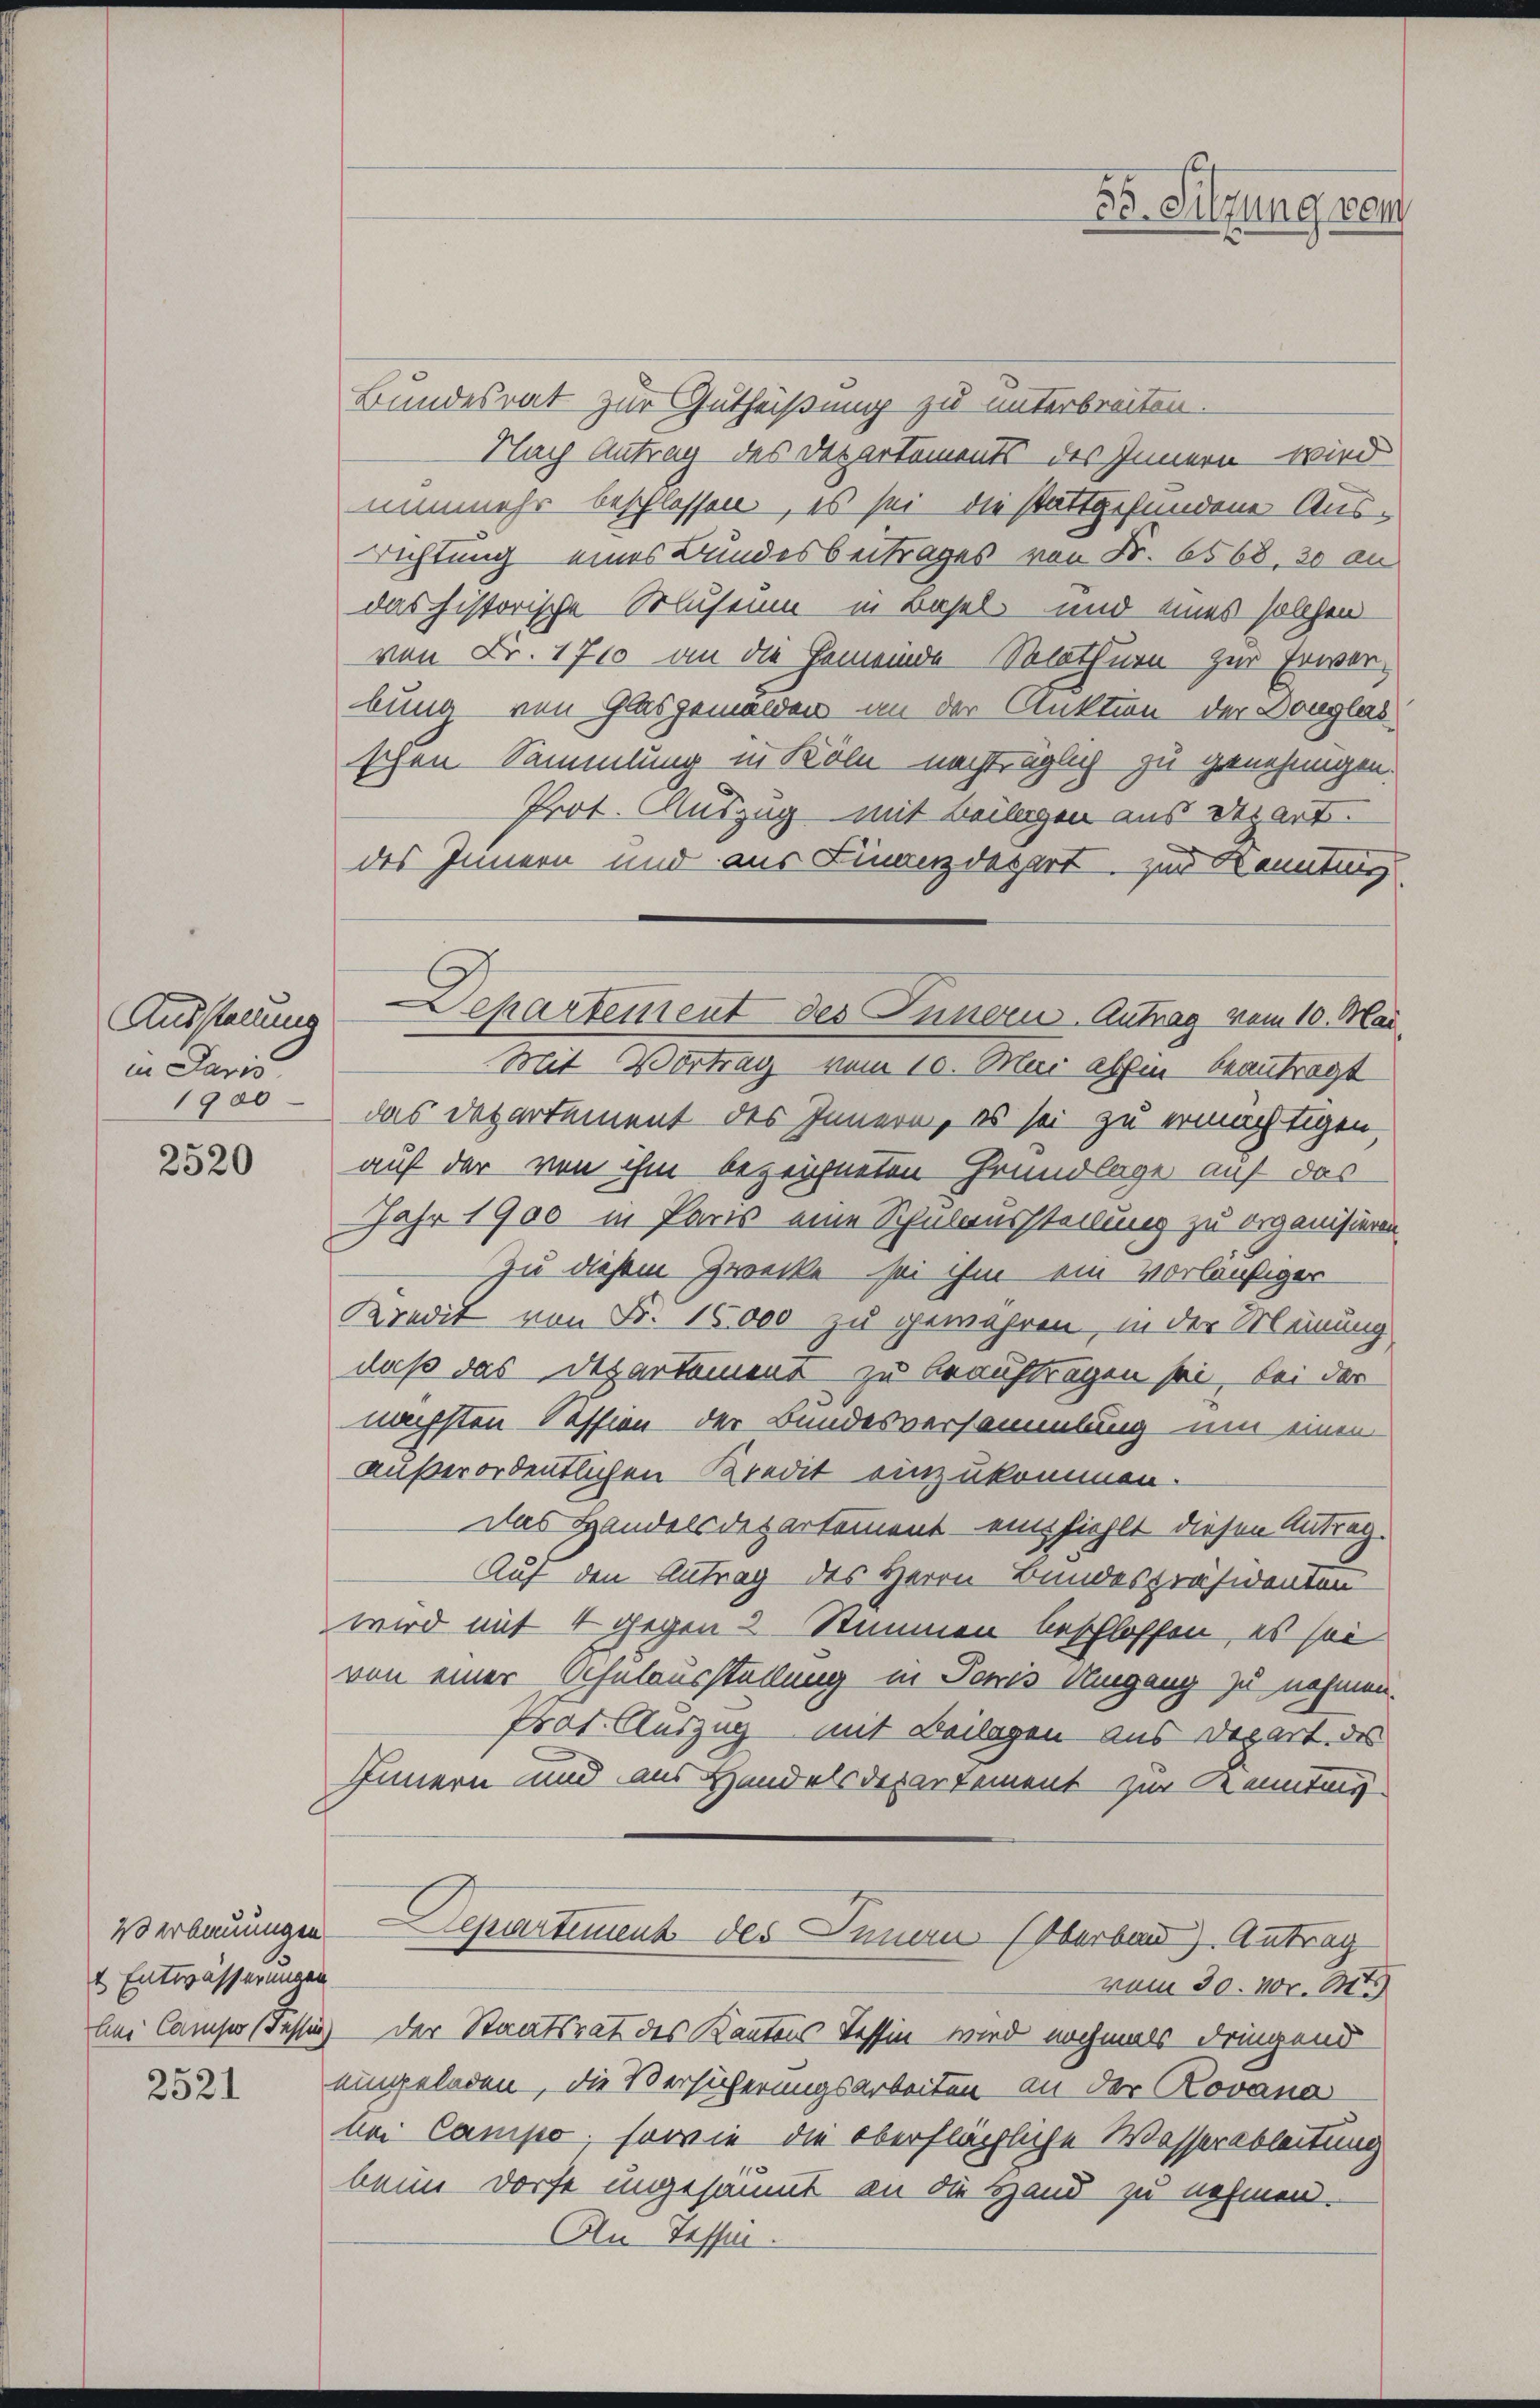
Ausstellung
in Paris
1900

2520

20 erbauungen.
t Entwässerungen
An Camises (Fassun

2521

Departement des Innern Antrag vom 10. Mai

Bundesrat zur Gutheißung zu unterbreiten.
Nach Antrag des Departements des Innern wird
nunmehr beschlossen, es sei die stattgefundene Aus¬
Richtung eines Bundesbeitrages von Fr. 6568, 30 an
das historische Sluseum in Basel und eines solchen
von Fr. 1710 an die Gemeinde Solothurn zur Erwarbung von Glasgemälden an der Anktion der Douglas
schen Sammlung in Köln nachträglich zu genehmigen.
Prot. Auszug mit Beilagen aus Depart.
des Innern und aus Finanzdepart zur Komutung
Mit Vortrag vom 10. Mai abhin beantragt
das Departement des Innern, es sei zu ermächtigen,
auf der von ihm bezeichneten Grundlage auf das
Jahr 1900 in Paris eine Schulaussteilung zu organisieren
Zu diesem Zwecke sei ihm ein vorläufiger
Kredit von Fr. 16,000 zu gewahren, in der Meinung
daß das Departement zu beauftragen sei, bei der
nächsten Session der Bundesversammlung um einen
außerordentlichen Kredit einzukommen.
Das Handelsdepartement empfiehlt diesen Antrag.
Auf den Antrag des Herrn Bundespräsidenten
wird mit 4 gegen 2 Stimmen beschlossen, es sei
von einer Schulausstellung in Ponis Umgang zu nehmen.
rot. Auszug mit Beilagen aus Depart des
Innern und aus Handelsdepartement zur Kenntung
Departement des Junau (Oberbau). Antrag
vom 30. Nov. 1475)
Der Staatsrat des Kantons Tessin wird nochmals dringend
eingeladen, die Versicherungsarbeiten an der Rovana
bei Campo, sowie die oberflächliche Wasserableitung
beim Dorfe ungesäumt an die Hand zu nehmen.
An Tessin

Fo. Sitzung von